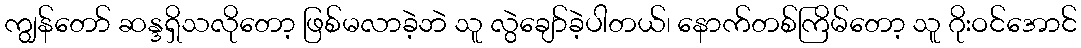
ကျွန်တော် ဆန္ဒရှိသလိုတော့ ဖြစ်မလာခဲ့ဘဲ သူ လွဲချော်ခဲ့ပါတယ်၊ နောက်တစ်ကြိမ်တော့ သူ ဂိုးဝင်အောင်